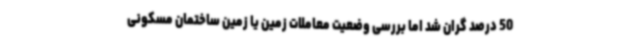
50 درصد گران شد اما بررسی وضعیت معاملات زمین یا زمین ساختمان مسکونی